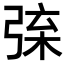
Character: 𢏲